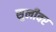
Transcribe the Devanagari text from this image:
सुलीवर